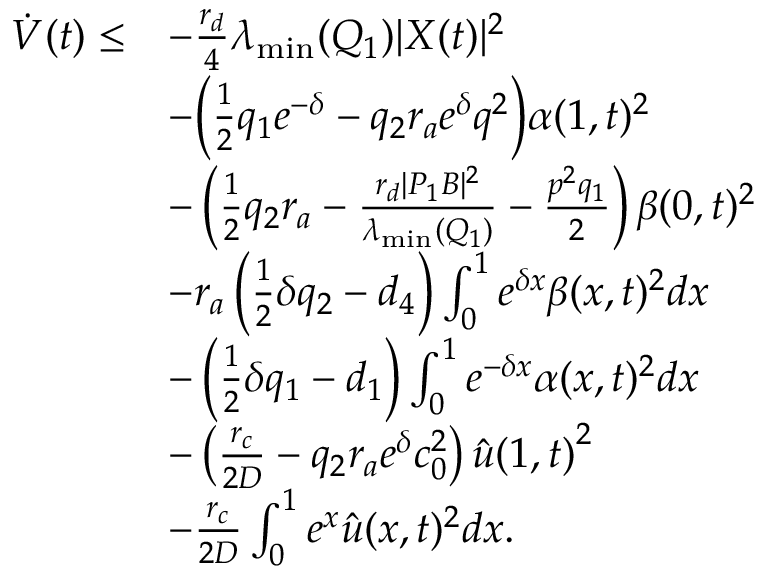
\begin{array} { r l } { \dot { V } ( t ) \le } & { - \frac { r _ { d } } { 4 } { \lambda _ { \mathrm { m i n } } ( Q _ { 1 } ) } | { X } ( t ) | ^ { 2 } } \\ & { - \bigg ( \frac { { 1 } } { 2 } q _ { 1 } { e ^ { - { \delta } } } - q _ { 2 } { r _ { a } } { e ^ { { \delta } } } q ^ { 2 } \bigg ) \alpha ( 1 , t ) ^ { 2 } } \\ & { - \left( \frac { 1 } { 2 } q _ { 2 } { r _ { a } } - \frac { r _ { d } | P _ { 1 } B | ^ { 2 } } { { \lambda _ { \mathrm { m i n } } ( Q _ { 1 } ) } } - \frac { p ^ { 2 } q _ { 1 } } { 2 } \right) \beta { ( 0 , t ) ^ { 2 } } } \\ & { - r _ { a } \left( \frac { 1 } { 2 } { \delta } q _ { 2 } - d _ { 4 } \right) \int _ { 0 } ^ { 1 } { { e ^ { { \delta } x } } } \beta { ( x , t ) ^ { 2 } } d x } \\ & { - \left( \frac { 1 } { 2 } { \delta } q _ { 1 } - d _ { 1 } \right) \int _ { 0 } ^ { 1 } { { e ^ { - { \delta } x } } } \alpha { ( x , t ) ^ { 2 } } d x } \\ & { - \left( \frac { { r _ { c } } } { 2 D } - q _ { 2 } { r _ { a } } { e ^ { { \delta } } } c _ { 0 } ^ { 2 } \right) \hat { u } { ( 1 , t ) } ^ { 2 } } \\ & { - \frac { { r _ { c } } } { 2 D } \int _ { 0 } ^ { 1 } { { e ^ { x } } } \hat { u } { ( x , t ) ^ { 2 } } d x . } \end{array}